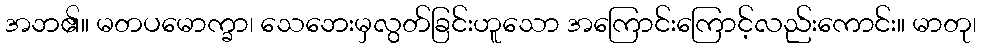
အဘ၏။ မတပမောက္ခာ၊ သေဘေးမှလွတ်ခြင်းဟူသော အကြောင်းကြောင့်လည်းကောင်း။ မာတု၊